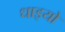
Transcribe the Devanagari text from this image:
धाइयो